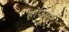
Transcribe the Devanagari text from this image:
हाफमेन